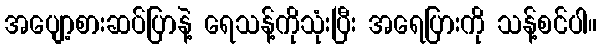
အပျော့စားဆပ်ပြာနဲ့ ရေသန့်ကိုသုံးပြီး အရေပြားကို သန့်စင်ပါ။